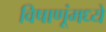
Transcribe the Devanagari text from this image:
विषाणूंमध्ये